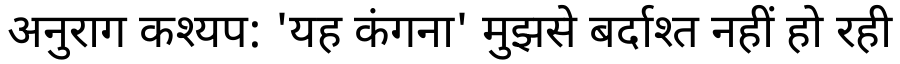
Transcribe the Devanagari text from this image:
अनुराग कश्यप: 'यह कंगना' मुझसे बर्दाश्त नहीं हो रही